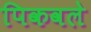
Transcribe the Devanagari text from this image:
पिकवले